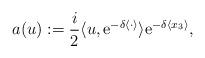
LaTeX: \begin{align*}a(u) := \frac{i}{2} \langle u,\textup{e}^{-\delta \langle \cdot \rangle} \rangle \textup{e}^{-\delta \langle x_3 \rangle},\end{align*}